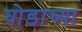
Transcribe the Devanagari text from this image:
घोडाच्या